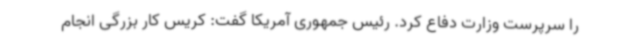
را سرپرست وزارت دفاع کرد. رئیس جمهوری آمریکا گفت: کریس کار بزرگی انجام